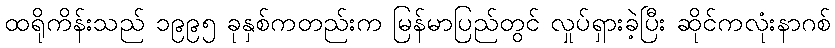
ထရိုကိန်းသည် ၁၉၉၅ ခုနှစ်ကတည်းက မြန်မာပြည်တွင် လှုပ်ရှားခဲ့ပြီး ဆိုင်ကလုံးနာဂစ်